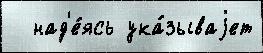
  над'е́ясь ука́зываjет